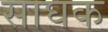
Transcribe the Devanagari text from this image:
साघक